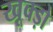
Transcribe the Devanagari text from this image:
खूक्ड़ो